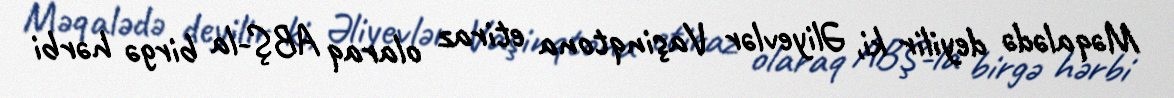
Məqalədə deyilir ki, Əliyevlər Vaşinqtona etiraz olaraq ABŞ-la birgə hərbi